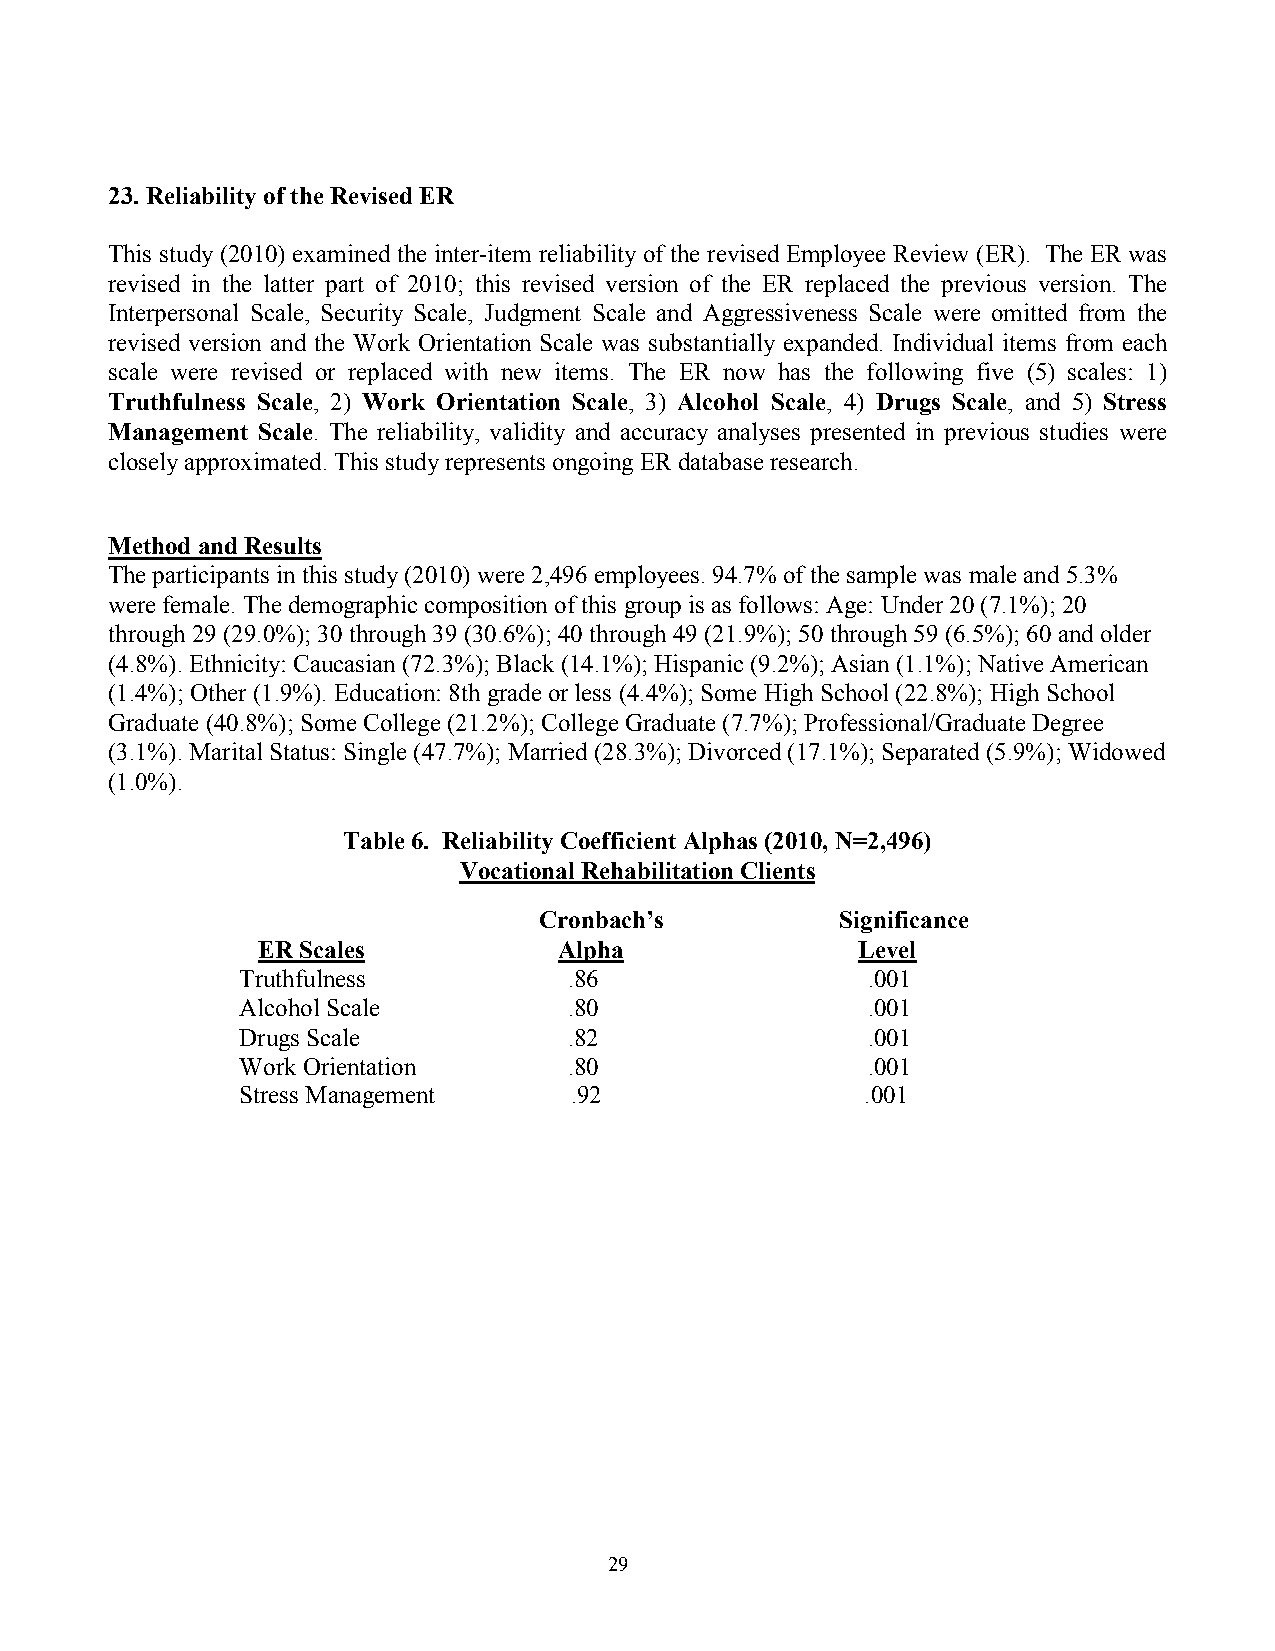
23. Reliability of the Revised ER
 This study (2010) examined the inter-item reliability of the revised Employee Review (ER). The ER was
 revised in the latter part of 2010; this revised version of the ER replaced the previous version. The
 Interpersonal Scale, Security Scale, Judgment Scale and Aggressiveness Scale were omitted from the
 revised version and the Work Orientation Scale was substantially expanded. Individual items from each
 scale were revised or replaced with new items. The ER now has the following five (5) scales: 1)
 Truthfulness Scale, 2) Work Orientation Scale, 3) Alcohol Scale, 4) Drugs Scale, and 5) Stress
 Management Scale. The reliability, validity and accuracy analyses presented in previous studies were
 closely approximated. This study represents ongoing ER database research.
 Method and Results
 The participants in this study (2010) were 2,496 employees. 94.7% of the sample was male and 5.3%
 were female. The demographic composition of this group is as follows: Age: Under 20 (7.1%); 20
 through 29 (29.0%); 30 through 39 (30.6%); 40 through 49 (21.9%); 50 through 59 (6.5%); 60 and older
 (4.8%). Ethnicity: Caucasian (72.3%); Black (14.1%); Hispanic (9.2%); Asian (1.1%); Native American
 (1.4%); Other (1.9%). Education: 8th grade or less (4.4%); Some High School (22.8%); High School
 Graduate (40.8%); Some College (21.2%); College Graduate (7.7%); Professional/Graduate Degree
 (3.1%). Marital Status: Single (47.7%); Married (28.3%); Divorced (17.1%); Separated (5.9%); Widowed
 (1.0%).
 Table 6. Reliability Coefficient Alphas (2010, N=2,496)
 Vocational Rehabilitation Clients
 Cronbach’s          Significance
 ER Scales           Alpha               Level
 Truthfulness          .86                .001
 Alcohol Scale         .80                .001
 Drugs Scale           .82                .001
 Work Orientation      .80                .001
 Stress Management     .92                .001
 29